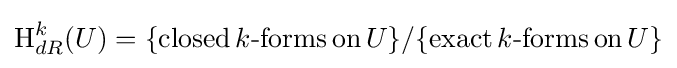
\operatorname {H} _{dR}^{k}(U)=\{{\textrm {closed}}\,k{\text{-forms}}\,{\textrm {on}}\,U\}/\{{\textrm {exact}}\,k{\text{-forms}}\,{\textrm {on}}\,U\}